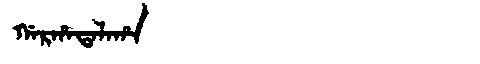
Manchu: ᡤᠠᡵᡥᠠᡨᠠᠯᠠᡥᠠ
Romanization: GARHATALAHA